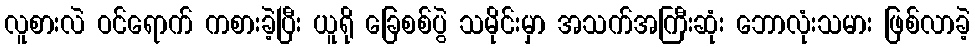
လူစားလဲ ဝင်ရောက် ကစားခဲ့ပြီး ယူရို ခြေစစ်ပွဲ သမိုင်းမှာ အသက်အကြီးဆုံး ဘောလုံးသမား ဖြစ်လာခဲ့